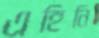
এহিনি